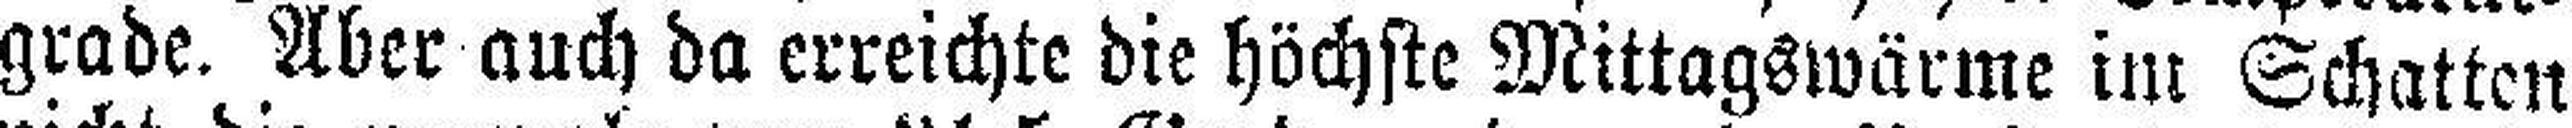
grade. Aber auch da erreichte die höchste Mittagswürme im Schatten